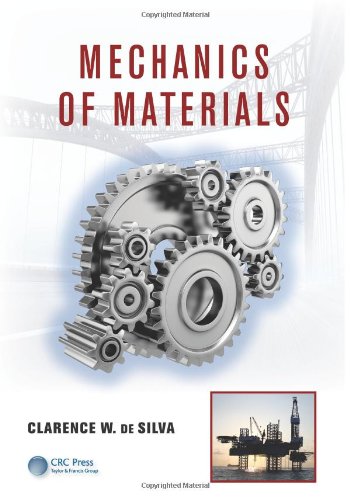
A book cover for Mechanics of Materials (Computational Mechanics and Applied Analysis); Clarence W. de Silva; Science & Math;